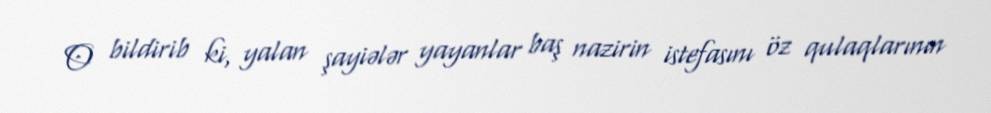
O bildirib ki, yalan şayiələr yayanlar baş nazirin istefasını öz qulaqlarının